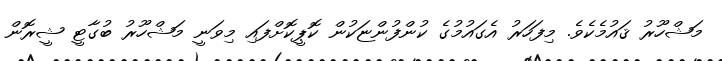
މަޝްހޫރު ޤައުމެކެވެ. މިފަހަރު އެގައުމުގެ ކުންފުންޏަކުން ކޮޕީކޮށްފައި މިވަނީ މަޝްހޫރު ބުގާޓީ ޝީރޮން